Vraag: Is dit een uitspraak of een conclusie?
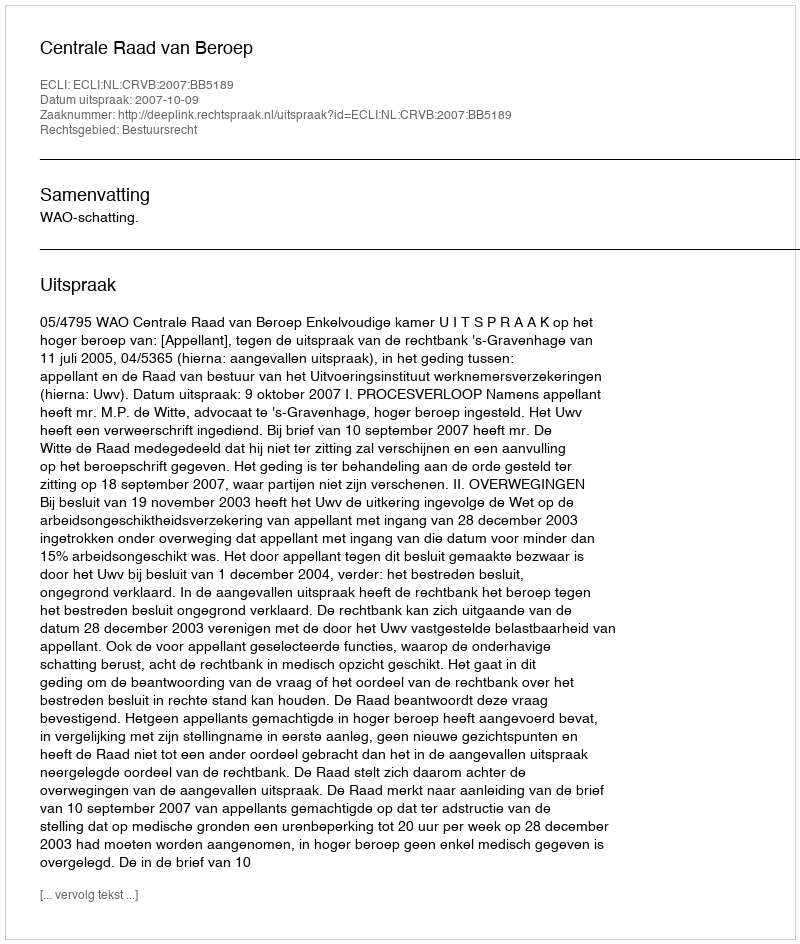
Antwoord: Uitspraak